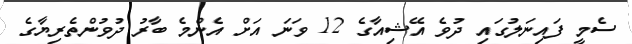
ސެމީ ފައިނަލުގައި ދުވެ އޭޝިއާގެ 12 ވަނަ އަށް އެންމެ ބާރު ދުވުންތެރިޔާގެ